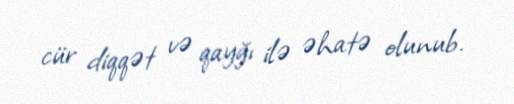
cür diqqət və qayğı ilə əhatə olunub.